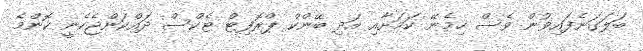
ބަލަގަނެފައިވުން ވެސް ހިމެނޭ ކަމަށާއި އަދި ބޭންކް ޕްރޮފިޓް ޓެކްސް ދައްކަންޖެހެނީ ކޮންމެ